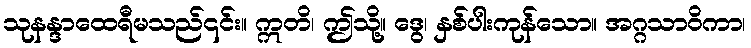
သုနန္ဒာထေရီမသည်၎င်း။ ဣတိ၊ ဤသို့။ ဒွေ၊ နှစ်ပါးကုန်သော။ အဂ္ဂသာဝိကာ၊